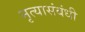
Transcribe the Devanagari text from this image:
नृत्यासंबंधी